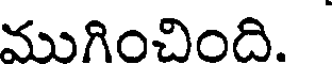
ముగించింది.